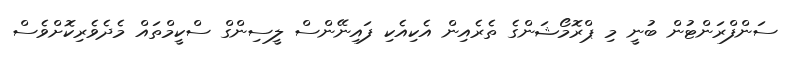
ސަންފްރަންޓުން ބުނީ މި ޕްރޮމޯޝަންގެ ތެރެއިން އެކިއެކި ފައިނޭންސް ލީސިންގް ސްކީމްތައް މެދެވެރިކޮށްވެސް